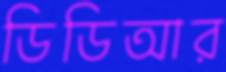
ডিডিআর